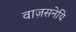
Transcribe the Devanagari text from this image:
वाज़सनेयि